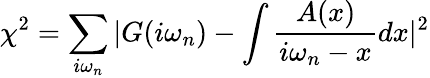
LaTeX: \chi^{2}=\sum_{i\omega_{n}}|G(i\omega_{n})-\int\frac{A(x)}{i\omega_{n}-x}dx|^{2}